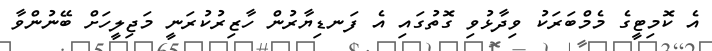
އެ ކޮމިޓީގެ މެމްބަރަކު ވިދާޅުވި ގޮތުގައި އެ ފަނޑިޔާރުން ހާޒިރުކުރަނީ މަޖިލީހަށް ބޭނުންވާ